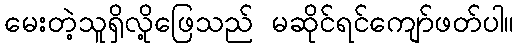
မေးတဲ့သူရှိလို့ဖြေသည် မဆိုင်ရင်ကျော်ဖတ်ပါ။